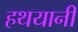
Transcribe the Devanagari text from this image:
हथयानी